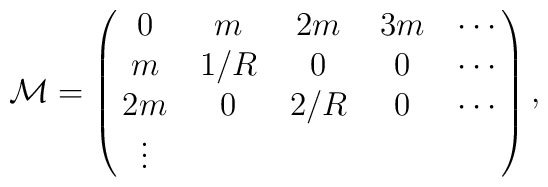
{\cal M}=\pmatrix {0 & m & 2m &3m  &\cdots \cr m & 1/R& 0&0&\cdots\cr 2m &0&2/R&0&\cdots\cr \vdots},